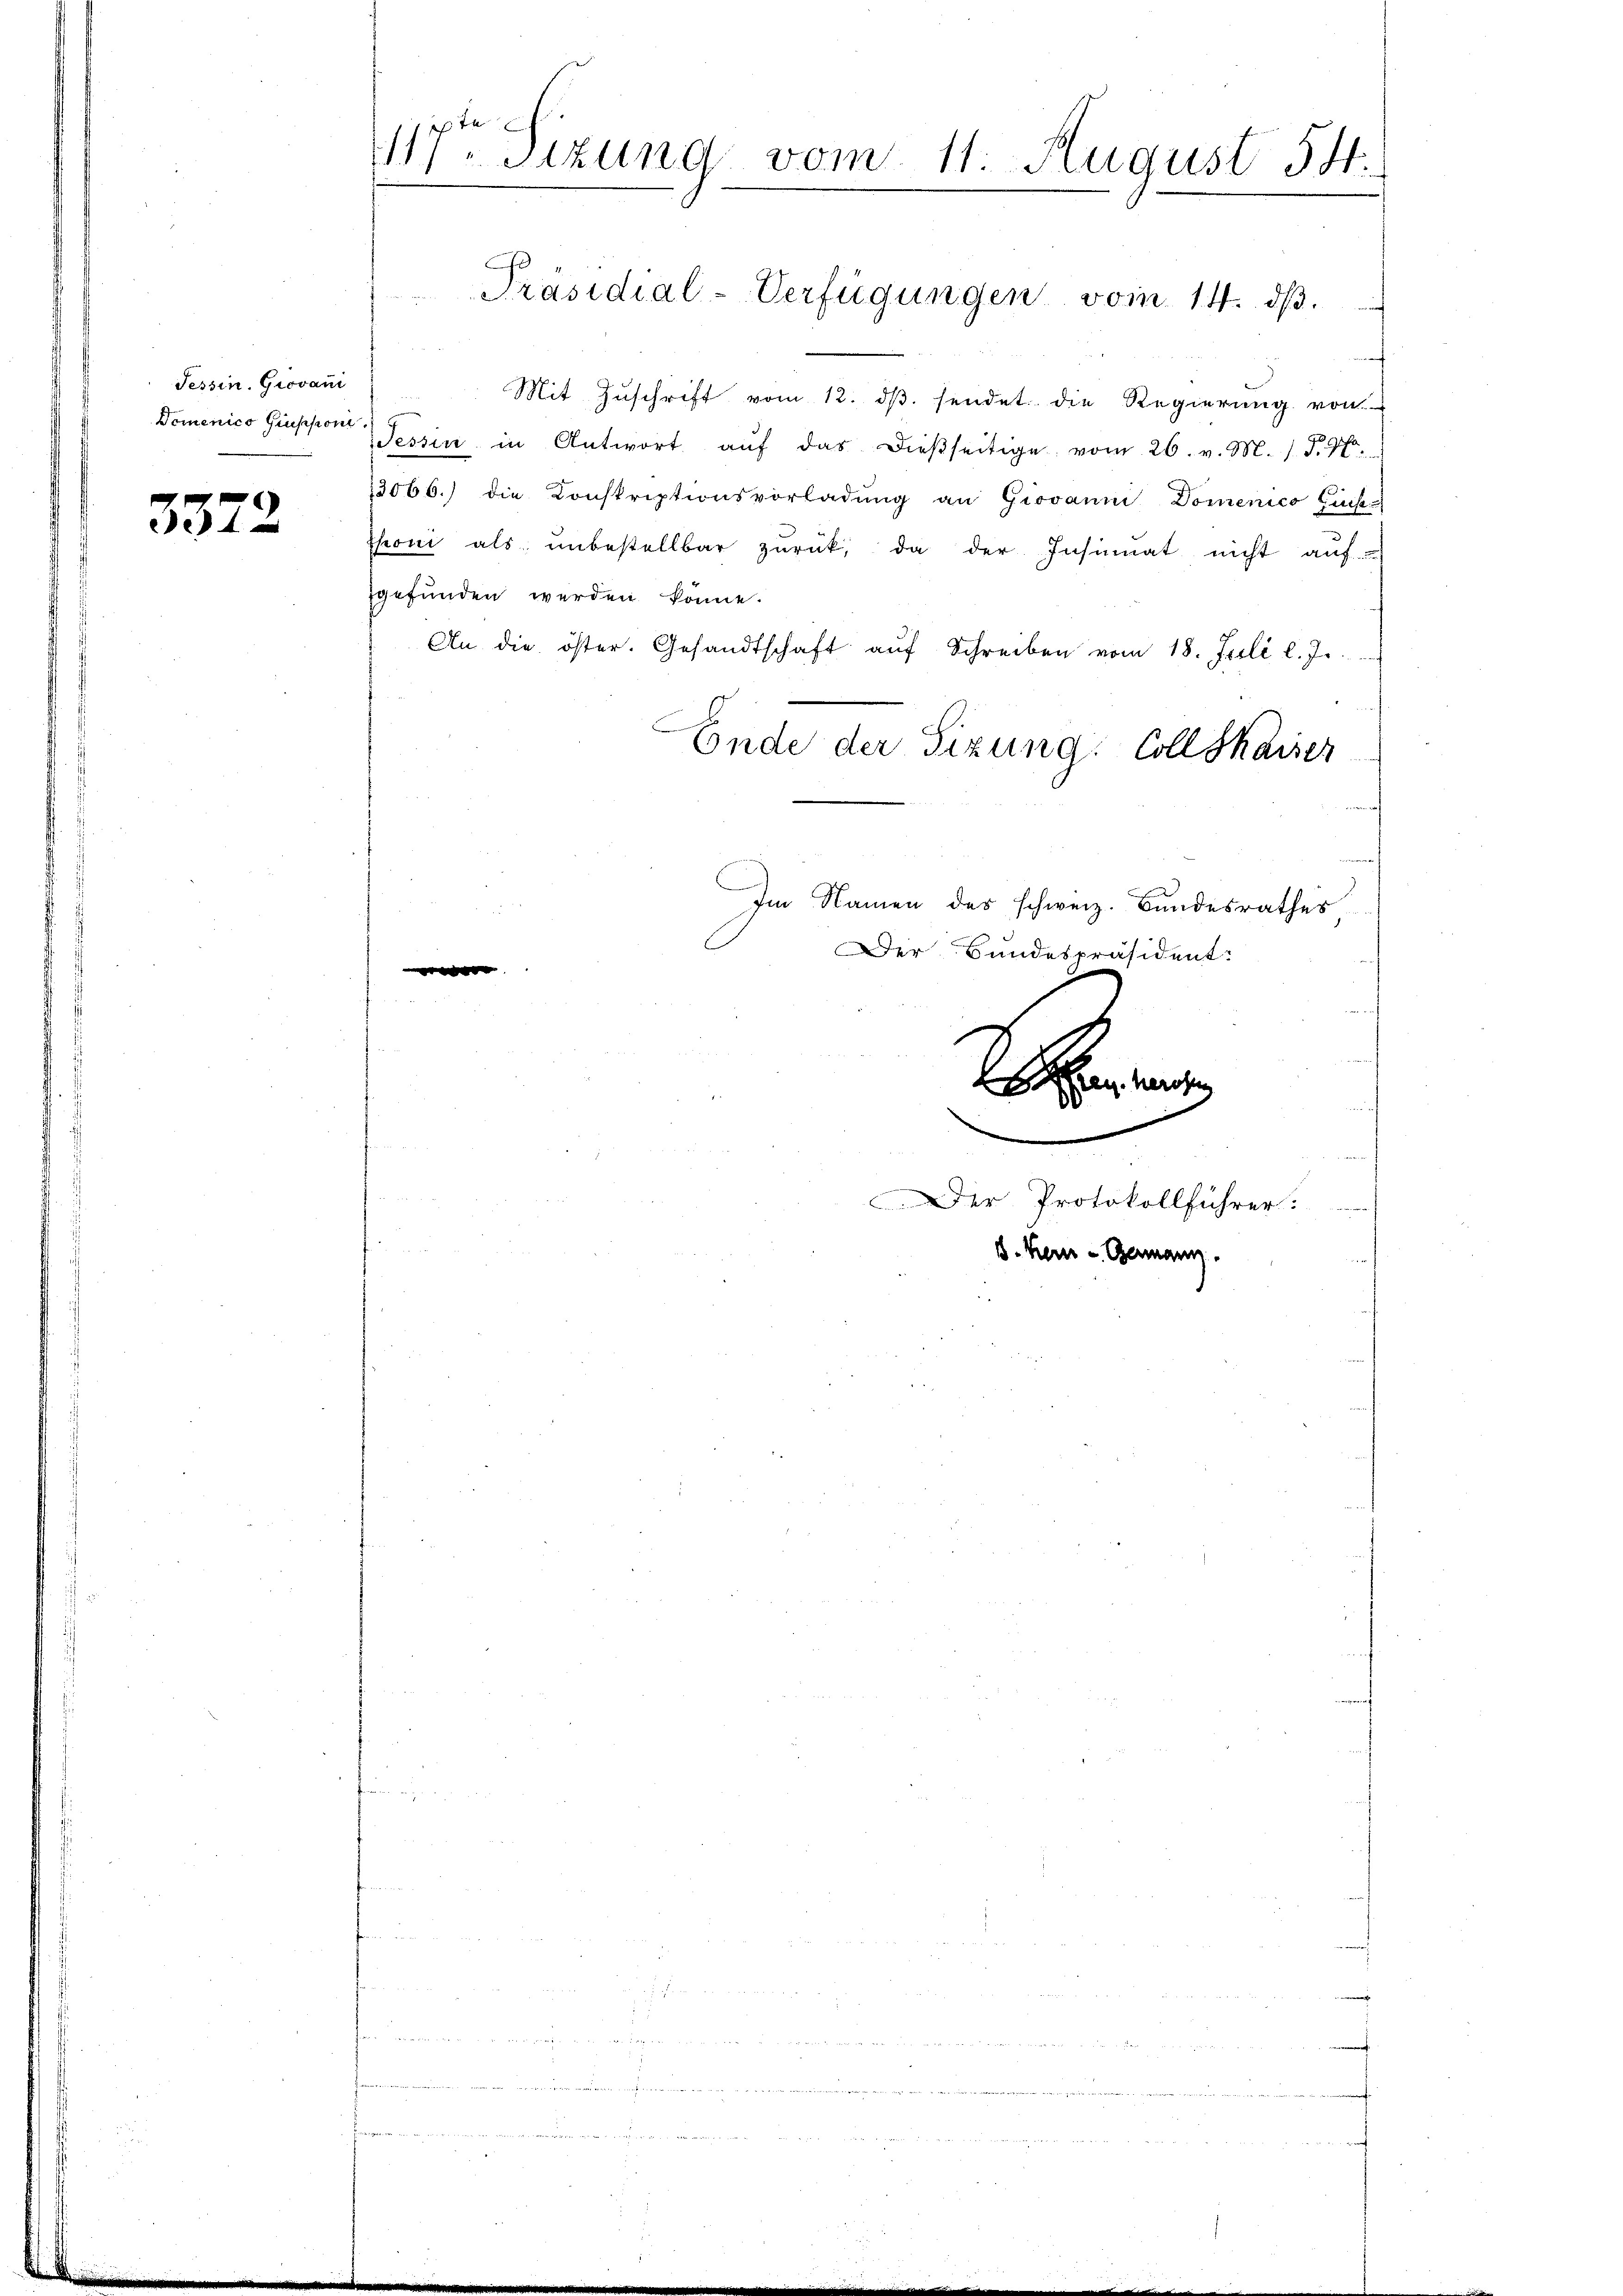
Tessin. Giovani
Domenico Grussion.

3372

117ten Sitzung vom 11. August 54.

Mit Zuschrift vom 12. dβ. sendet die Regierung von
Tessin in Antwort aŭf das dießseitige vom 26. v. M. D. Pr
13066.) die Konskriptionsvorladŭng an Giovanni Domenico Zins-
thoni als ŭnbestellbar zŭrück, da der Insinuat nicht auf
gefunden werden könne.
An die öster. Gesandtschaft aŭf Schreiben vom 18. Juli l. Js.
b
Ende der Sizung: Collskaiser
Im Namen des schweiz. Bundesrathes
Der Bundespräsident:

Wen ande
00

Präsidial-Verfügungen vom 14. dβ.

n

Der Protokollführer.
B. Kern - Germann.